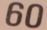
60